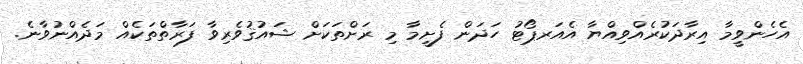
އެހެންވީމާ އިރާދަކުރެއްވިއްޔާ އެއަރޕޯޓު ހަދަން ފެށީމާ މި ރަށްތަކަށް ޝައުޤުވެރިވާ ފަރާތްތަކެއް މަދެއްނުވާނެ.